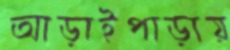
আড়াইপাড়ায়